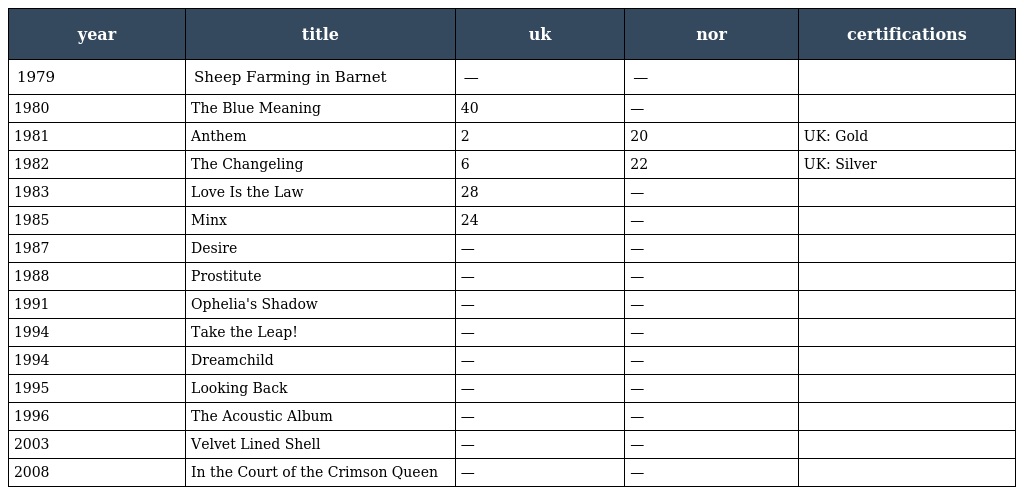
| year | title | uk | nor | certifications |
 | --- | --- | --- | --- | --- |
 | 1979 | Sheep Farming in Barnet | — | — |  |
 | 1980 | The Blue Meaning | 40 | — |  |
 | 1981 | Anthem | 2 | 20 | UK: Gold |
 | 1982 | The Changeling | 6 | 22 | UK: Silver |
 | 1983 | Love Is the Law | 28 | — |  |
 | 1985 | Minx | 24 | — |  |
 | 1987 | Desire | — | — |  |
 | 1988 | Prostitute | — | — |  |
 | 1991 | Ophelia's Shadow | — | — |  |
 | 1994 | Take the Leap! | — | — |  |
 | 1994 | Dreamchild | — | — |  |
 | 1995 | Looking Back | — | — |  |
 | 1996 | The Acoustic Album | — | — |  |
 | 2003 | Velvet Lined Shell | — | — |  |
 | 2008 | In the Court of the Crimson Queen | — | — |  |